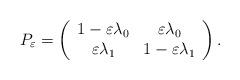
LaTeX: \begin{align*}P_\varepsilon=\left( \begin{array}{cc} 1- \varepsilon \lambda_0 & \varepsilon \lambda_0 \\ \varepsilon \lambda_1 & 1- \varepsilon \lambda_1 \\ \end{array} \right).\end{align*}